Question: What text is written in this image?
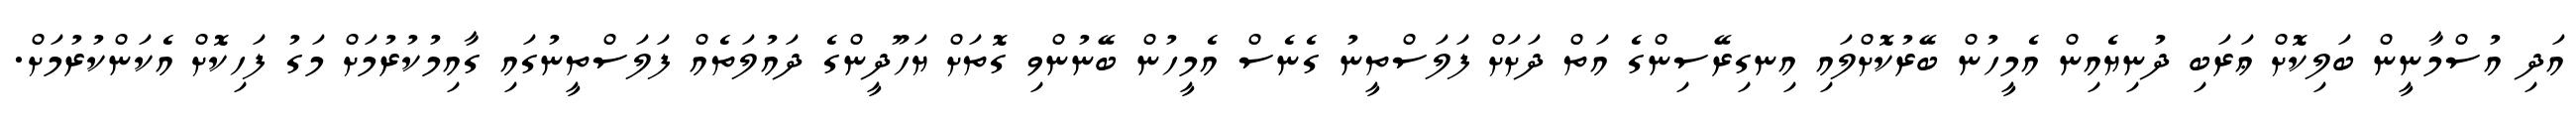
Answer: އަދި އުސްމާނީން ބަލިކޮށް ޢަރަބި ދުނިޔެއިން އެމީހުން ބޭރުކޮށްލައި އިނގިރޭސިންގެ އަތް ދަށަށް ފަލަސްތީނު ގެނެސް އެމީހުން ބޭނުންވި ގޮތަށް ޔަހޫދީންގެ ދައުލަތެއް ފަލަސްތީނުގައި ގާއިމުކުރުމަށް މަގު ފަހިކޮށް އެކަންކުރުމަށް.